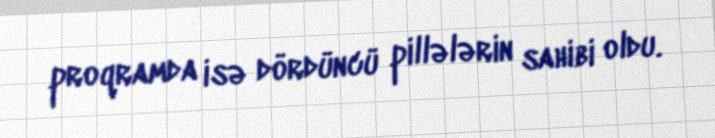
proqramda isə dördüncü pillələrin sahibi oldu.